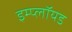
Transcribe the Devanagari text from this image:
इम्प्लॉयड